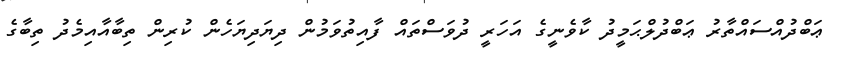
ޢަބްދުއްސައްތާރު ޢަބްދުލްޙަމީދު ކާވެނީގެ އަހަރީ ދުވަސްތައް ފާއިތުވަމުން ދިޔަދިޔަހެން ކުރިން ތިބާއާއިމެދު ތިބާގެ